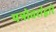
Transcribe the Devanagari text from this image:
पत्रोत्तरांद्वारे